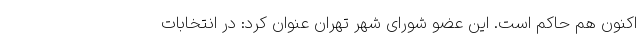
اکنون هم حاکم است. این عضو شورای شهر تهران عنوان کرد: در انتخابات